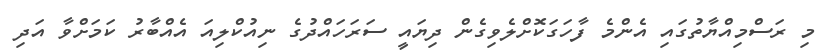
މި ރަސްމިއްޔާތުގައި އެންމެ ފާހަގަކޮށްލެވިގެން ދިޔައީ ސަރަހައްދުގެ ނިއުކްލިއަ އެއްބާރު ކަމަށްވާ އަދި